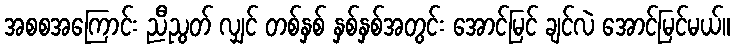
အစစအကြောင်း ညီညွတ် လျှင် တစ်နှစ် နှစ်နှစ်အတွင်း အောင်မြင် ချင်လဲ အောင်မြင်မယ်။